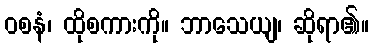
ဝစနံ၊ ထိုစကားကို။ ဘာသေယျ၊ ဆိုရာ၏။